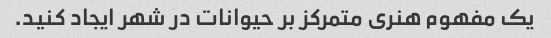
یک مفهوم هنری متمرکز بر حیوانات در شهر ایجاد کنید.